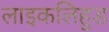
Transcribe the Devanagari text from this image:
लाइकलिहुड